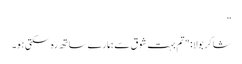
”
شاکر بولا: "تم بہت شوق سے ہمارے ساتھ رہ سکتی ہو۔